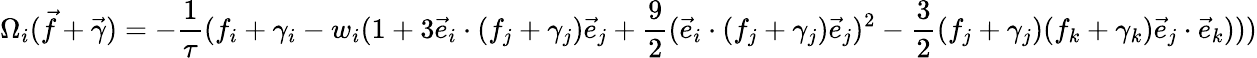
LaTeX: \Omega_{i}(\vec{f}+\vec{\gamma})=-\frac{1}{\tau}(f_{i}+\gamma_{i}-{w_{i}}(1+3\vec{e}_{i}\cdot(f_{j}+\gamma_{j})\vec{e}_{j}+\frac{9}{2}(\vec{e}_{i}\cdot(f_{j}+\gamma_{j})\vec{e}_{j})^{2}-\frac{3}{2}(f_{j}+\gamma_{j})(f_{k}+\gamma_{k})\vec{e}_{j}\cdot\vec{e}_{k})))